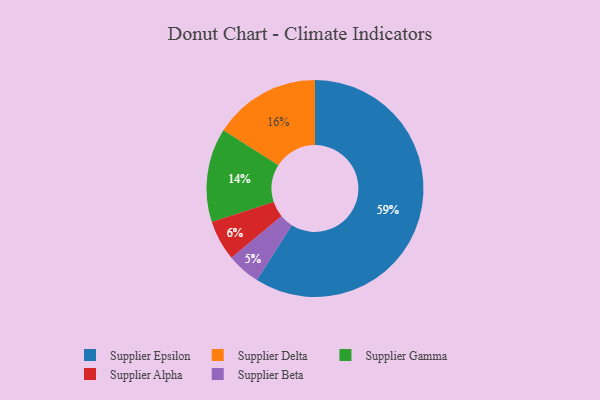
{"axis": {"x": "Category", "y": "Percentage"}, "legend": ["Supplier Alpha", "Supplier Beta", "Supplier Delta", "Supplier Epsilon", "Supplier Gamma"], "data": [{"x": "Supplier Alpha", "y": 6, "type": "Supplier Alpha"}, {"x": "Supplier Gamma", "y": 14, "type": "Supplier Gamma"}, {"x": "Supplier Beta", "y": 5, "type": "Supplier Beta"}, {"x": "Supplier Delta", "y": 16, "type": "Supplier Delta"}, {"x": "Supplier Epsilon", "y": 59, "type": "Supplier Epsilon"}]}